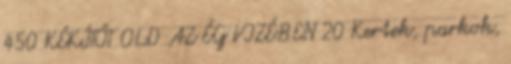
450 KÉKÍTŐT OLD AZ ÉG VIZÉBEN 20 Kertek, parkok,